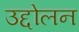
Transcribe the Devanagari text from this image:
उद्दोलन